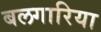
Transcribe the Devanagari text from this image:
बलगारिया